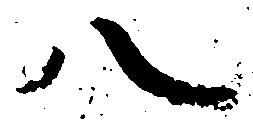
八